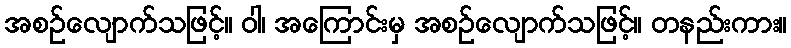
အစဉ်လျောက်သဖြင့်။ ဝါ၊ အကြောင်းမှ အစဉ်လျောက်သဖြင့်။ တနည်းကား။